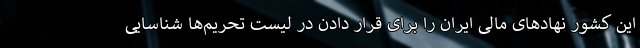
این کشور نهادهای مالی ایران را برای قرار دادن در لیست تحریم‌ها شناسایی